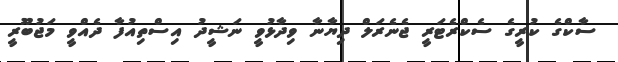
ސާކްގެ ކުރީގެ ސެކްރެޓަރީ ޖެނެރަލް ދިޔާނާ ވިދާޅުވީ ނަޝީދު އިސްތިއުފާ ދެއްވީ މަޖުބޫރީ